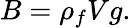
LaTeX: B=\rho_{f}Vg.